Reports on dispensaries and lunatic asylums in the Province of Oudh - 1869-1876
Year: 1869
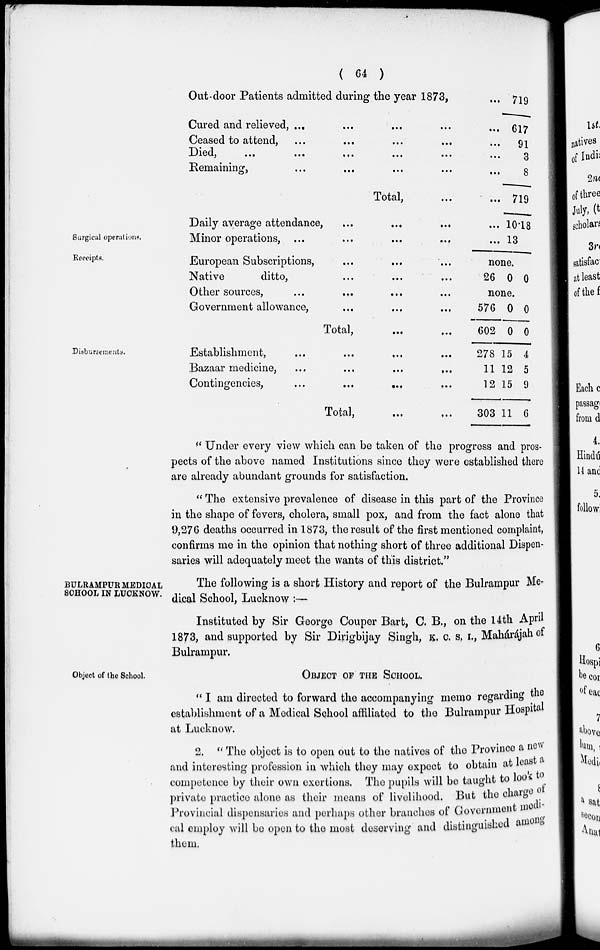
( 64 )
Out-door Patients admitted during the year 1873,
...
Cured and relieved, ... ... ... ... ...
Ceased to attend, ... ... ... ... ...
Died , ... ... ... ... ... ...
Remaining , ... ... ... ... ...
Total, ... ...
719
617
91
3
8
719
Surgical operations.
Receipts.
Daily average attendance, ... ... ...
Minor operations,
...
...
...
...
European Subscriptions, ... ... ...
Native
ditto, ... ... ...
Other sources, ... ... ... ...
Government allowance,
...
...
...
Total, ... ...
...
...
10.18
13
none.
26 0 0
none.
576
602
0
0
0
0
Disbursements.
Establishment,
...
...
...
Bazaar medicine,
...
...
...
,..
Contingencies,
...
...
,.,
Total,
...
...
278
11
12
303
15
12
15
11
4
5
9
6
'' Under every view which can be taken of the progress and pros-
pects of the above named Institutions since they were established there
are already abundant grounds for satisfaction.
" The extensive prevalence of disease in this part of the Province
in the shape of fevers, cholera, small pox, and from the fact alone that
9,276 deaths occurred in 1873, the result of the first mentioned complaint,
confirms me in the opinion that nothing short of three additional Dispen-
saries will adequately meet the wants of this district."
BULRAMPUR MEDICAL
SCHOOL IN LUCKNOW.
The following is a short History and report of the Bulrampur Me-
dical School, Lucknow :—
Instituted by Sir George Couper Bart, C. B., on the 14th April
1873, and supported by Sir Dirigbijay Singh, K. C. S, I., Mahárájah of
Bulrampur.
Object of the School.
OBJECT OF THE SCHOOL.
" I am directed to forward the accompanying memo regarding the
establishment of a Medical School affiliated to the Bulrampur Hospital
at Lucknow.
2. " The object is to open out to the natives of the Province a new
and interesting profession in which they may expect to obtain at least a
competence by their own exertions. The pupils will be taught to look to
private practice alone as their means of livelihood. But the charge
Provincial dispensaries and perhaps other branches of Government medi-
cal employ will be open to the most deserving and distinguished among
them.